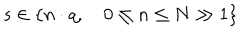
s \in \{ n \cdot q , \quad 0 \leq n \leq N \gg 1 \}